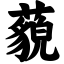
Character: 藐